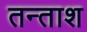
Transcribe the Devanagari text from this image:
तन्ताश